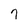
Character: 7